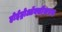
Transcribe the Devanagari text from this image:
होईड्रोऑक्सीकरण